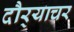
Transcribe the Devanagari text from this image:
दौर्‍याचर